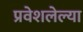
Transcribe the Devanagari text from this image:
प्रवेशलेल्या